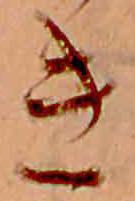
き